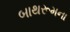
બાથરૂમના